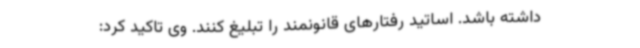
داشته باشد. اساتید رفتارهای قانونمند را تبلیغ کنند. وی تاکید کرد: